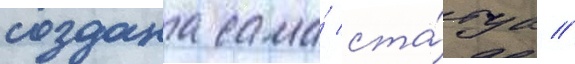
создана сама́ ста́туа //